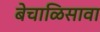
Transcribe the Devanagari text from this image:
बेचाळिसावा